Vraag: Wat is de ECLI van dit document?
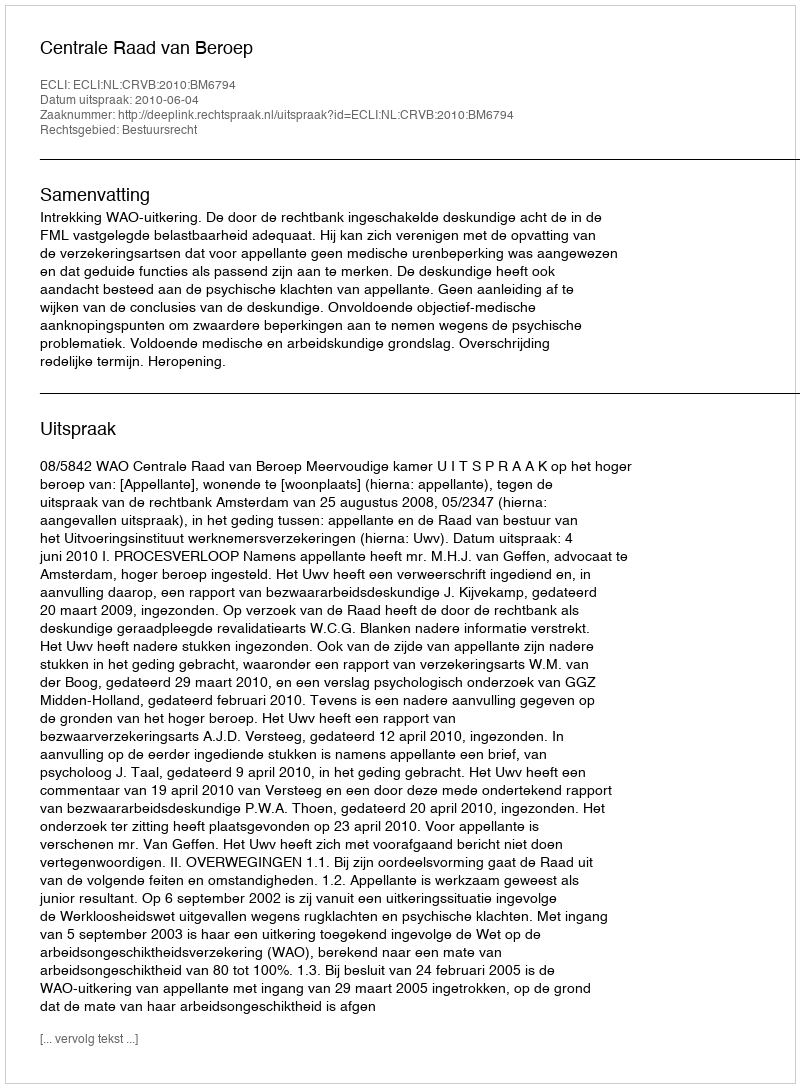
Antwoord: ECLI:NL:CRVB:2010:BM6794